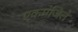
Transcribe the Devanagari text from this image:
एकमंजिले